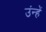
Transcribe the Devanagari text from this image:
उंन्हें